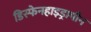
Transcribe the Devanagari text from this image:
डिस्फेनहाइड्रामीन